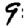
Digit: 9